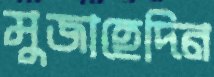
মুজাহেদিন